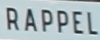
RAPPEL